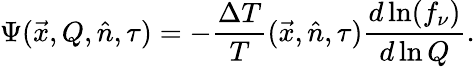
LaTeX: \Psi(\vec{x},Q,\hat{n},\tau)=-\frac{\Delta T}{T}(\vec{x},\hat{n},\tau)\frac{d\ln(f_{\nu})}{d\ln Q}.